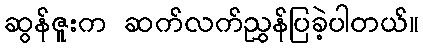
ဆွန်ဇူးက ဆက်လက်ညွှန်ပြခဲ့ပါတယ်။